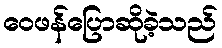
ဝေဖန်ပြောဆိုခဲ့သည်